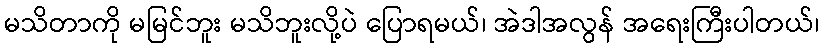
မသိတာကို မမြင်ဘူး မသိဘူးလို့ပဲ ပြောရမယ်၊ အဲဒါအလွန် အရေးကြီးပါတယ်၊